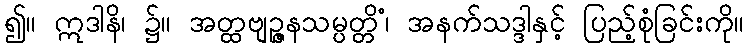
၍။ ဣဒါနိ၊ ၌။ အတ္ထဗျဉ္ဇနသမ္ပတ္တိံ၊ အနက်သဒ္ဒါနှင့် ပြည့်စုံခြင်းကို။